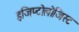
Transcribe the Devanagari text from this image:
इजिप्टोलोजिस्ट